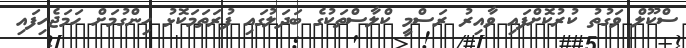
ސްކޫލް ވަގުތު ކުރުކޮށްފައި ވާއިރު ރަސްމީ ކްލާސްތަކުގެ ބަދަލުގައި ފުރަތަމަކޮޅު ހިންގުމަށް ހަމަޖެހިފައި